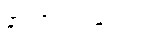
နာတာရှည်ရောဂါ